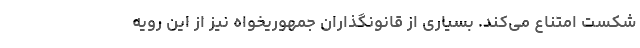
شکست امتناع می‌کند. بسیاری از قانونگذاران جمهوریخواه نیز از این رویه